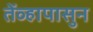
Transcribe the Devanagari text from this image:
तेंव्हापासुन